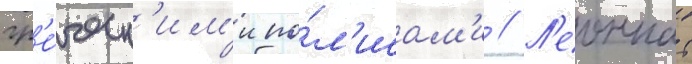
гр'е́ческ'им'и по́л'исам'и // Л'еоннат